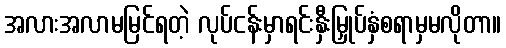
အလားအလာမမြင်ရတဲ့ လုပ်ငန်းမှာရင်းနှီးမြှုပ်နှံစရာမှမလိုတာ။